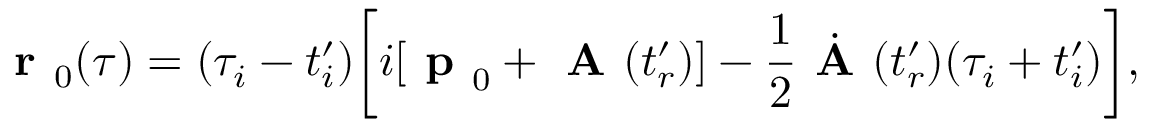
\textbf { r } _ { 0 } ( \tau ) = ( \tau _ { i } - t _ { i } ^ { \prime } ) \biggl [ i [ \textbf { p } _ { 0 } + \textbf { A } ( t _ { r } ^ { \prime } ) ] - \frac { 1 } { 2 } \dot { \textbf { A } } ( t _ { r } ^ { \prime } ) ( \tau _ { i } + t _ { i } ^ { \prime } ) \biggr ] ,